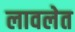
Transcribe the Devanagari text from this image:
लावलेत